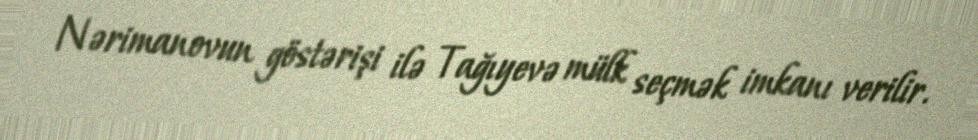
Nərimanovun göstərişi ilə Tağıyevə mülk seçmək imkanı verilir.